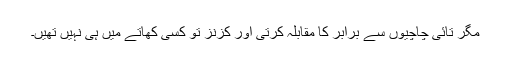
مگر تائی چاچیوں سے برابر کا مقابلہ کرتی اور کزنز تو کسی کھاتے میں ہی نہیں تھیں۔